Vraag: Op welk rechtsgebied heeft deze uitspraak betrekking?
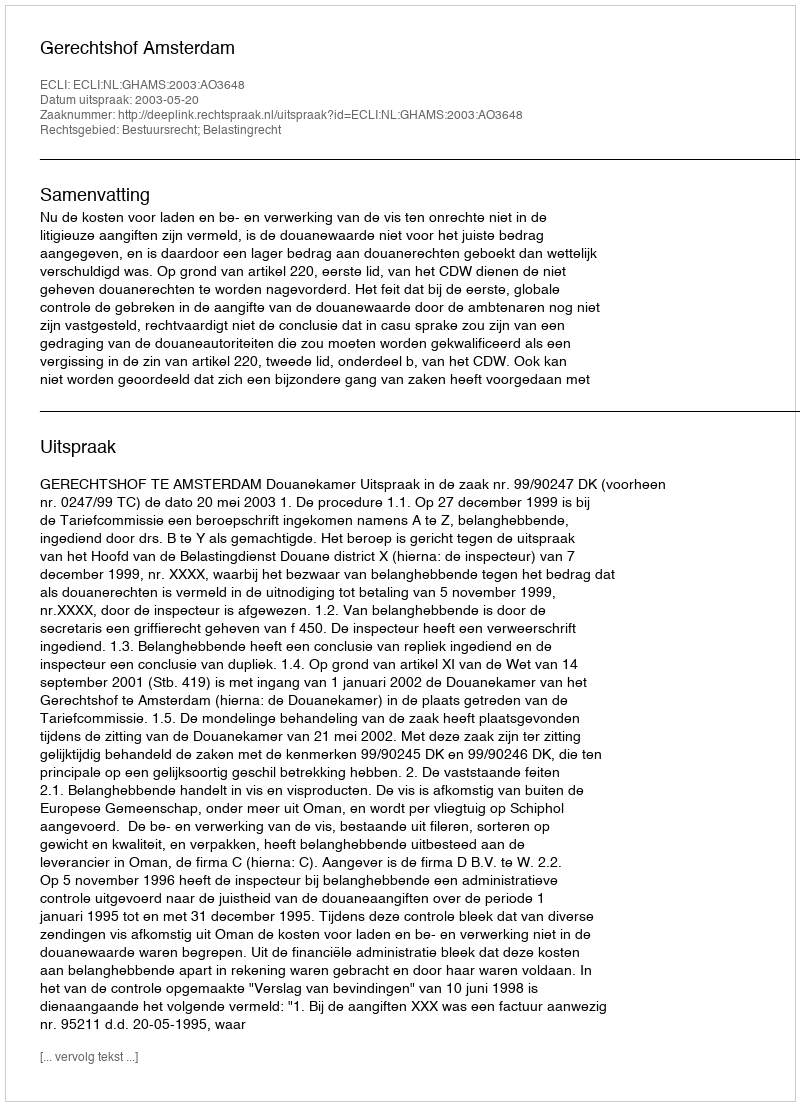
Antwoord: Bestuursrecht; Belastingrecht